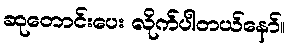
ဆုတောင်းပေး လိုက်ပါတယ်နော်။